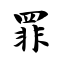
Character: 罪